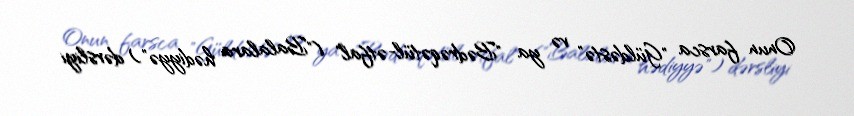
Onun farsca "Güldəstə" və ya "Bədrəqətül-ətfal" ("Balalara hədiyyə") dərsliyi